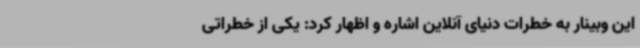
این وبینار به خطرات دنیای آنلاین اشاره و اظهار کرد: یکی از خطراتی